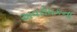
અવરોધકના